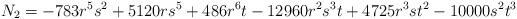
LaTeX: \begin{align*}N_2=-783 r^5 s^2+5120 r s^5+486 r^6 t-12960 r^2 s^3 t+4725 r^3 s t^2-10000 s^2 t^3\end{align*}